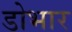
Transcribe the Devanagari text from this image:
डोभार